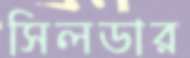
সিলডার